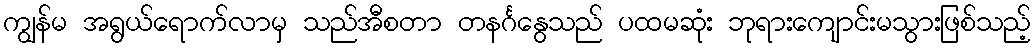
ကျွန်မ အရွယ်ရောက်လာမှ သည်အီစတာ တနင်္ဂနွေသည် ပထမဆုံး ဘုရားကျောင်းမသွားဖြစ်သည့်